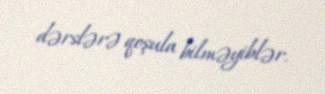
dərslərə qoşula bilməyiblər.